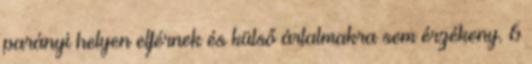
parányi helyen elférnek és külső ártalmakra sem érzékeny. 6